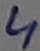
Text: 4